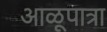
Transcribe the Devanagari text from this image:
आळूपात्रा